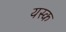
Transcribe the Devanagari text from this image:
यस्क